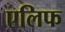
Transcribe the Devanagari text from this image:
एलिफ